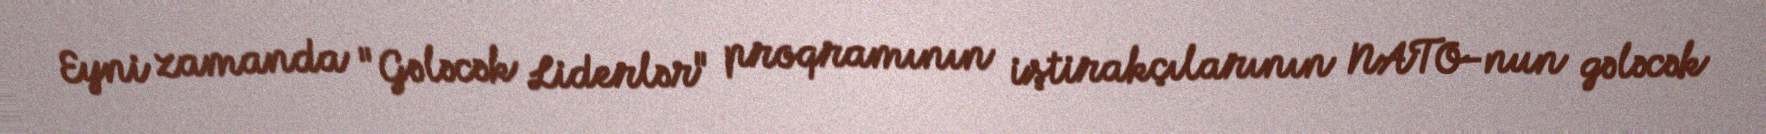
Eyni zamanda "Gələcək Liderlər" proqramının iştirakçılarının NATO-nun gələcək